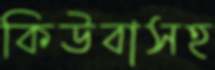
কিউবাসহ